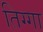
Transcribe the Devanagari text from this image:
तिग्गा